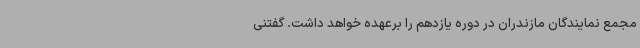
مجمع نمایندگان مازندران در دوره یازدهم را برعهده خواهد داشت. گفتنی